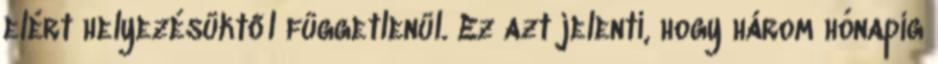
elért helyezésüktől függetlenül. Ez azt jelenti, hogy három hónapig